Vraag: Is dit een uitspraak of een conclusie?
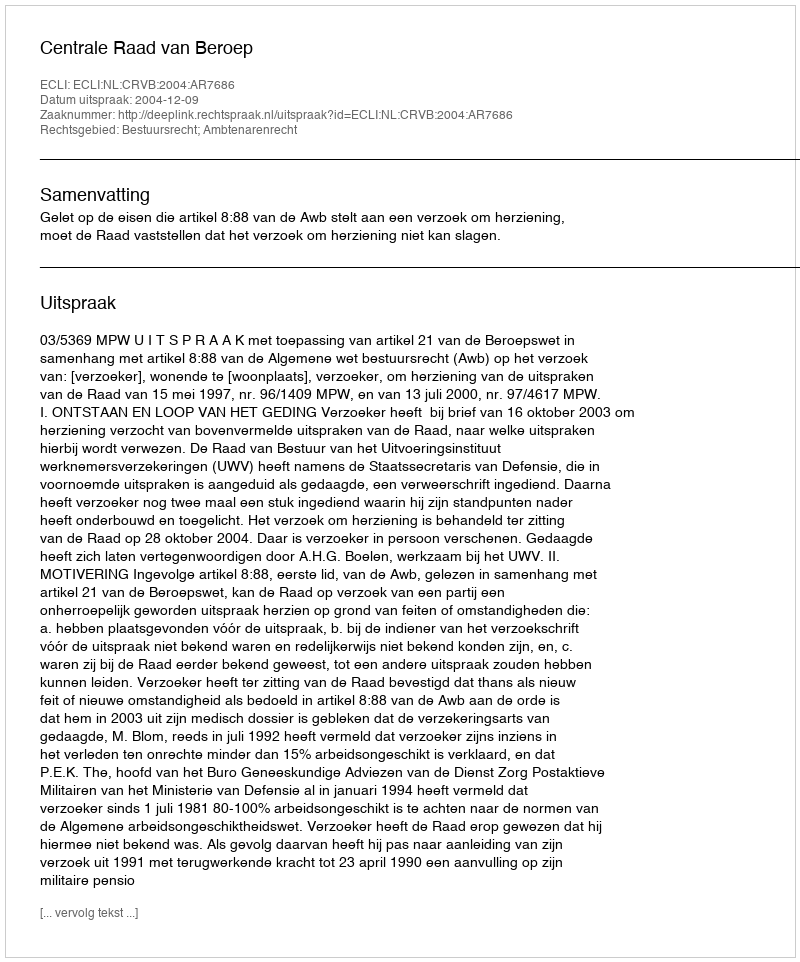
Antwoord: Uitspraak